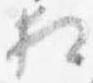
相